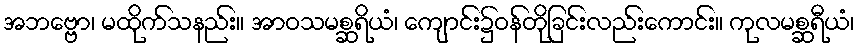
အဘဗ္ဗော၊ မထိုက်သနည်း။ အာဝသမစ္ဆရိယံ၊ ကျောင်း၌ဝန်တိုခြင်းလည်းကောင်း။ ကုလမစ္ဆရီယံ၊